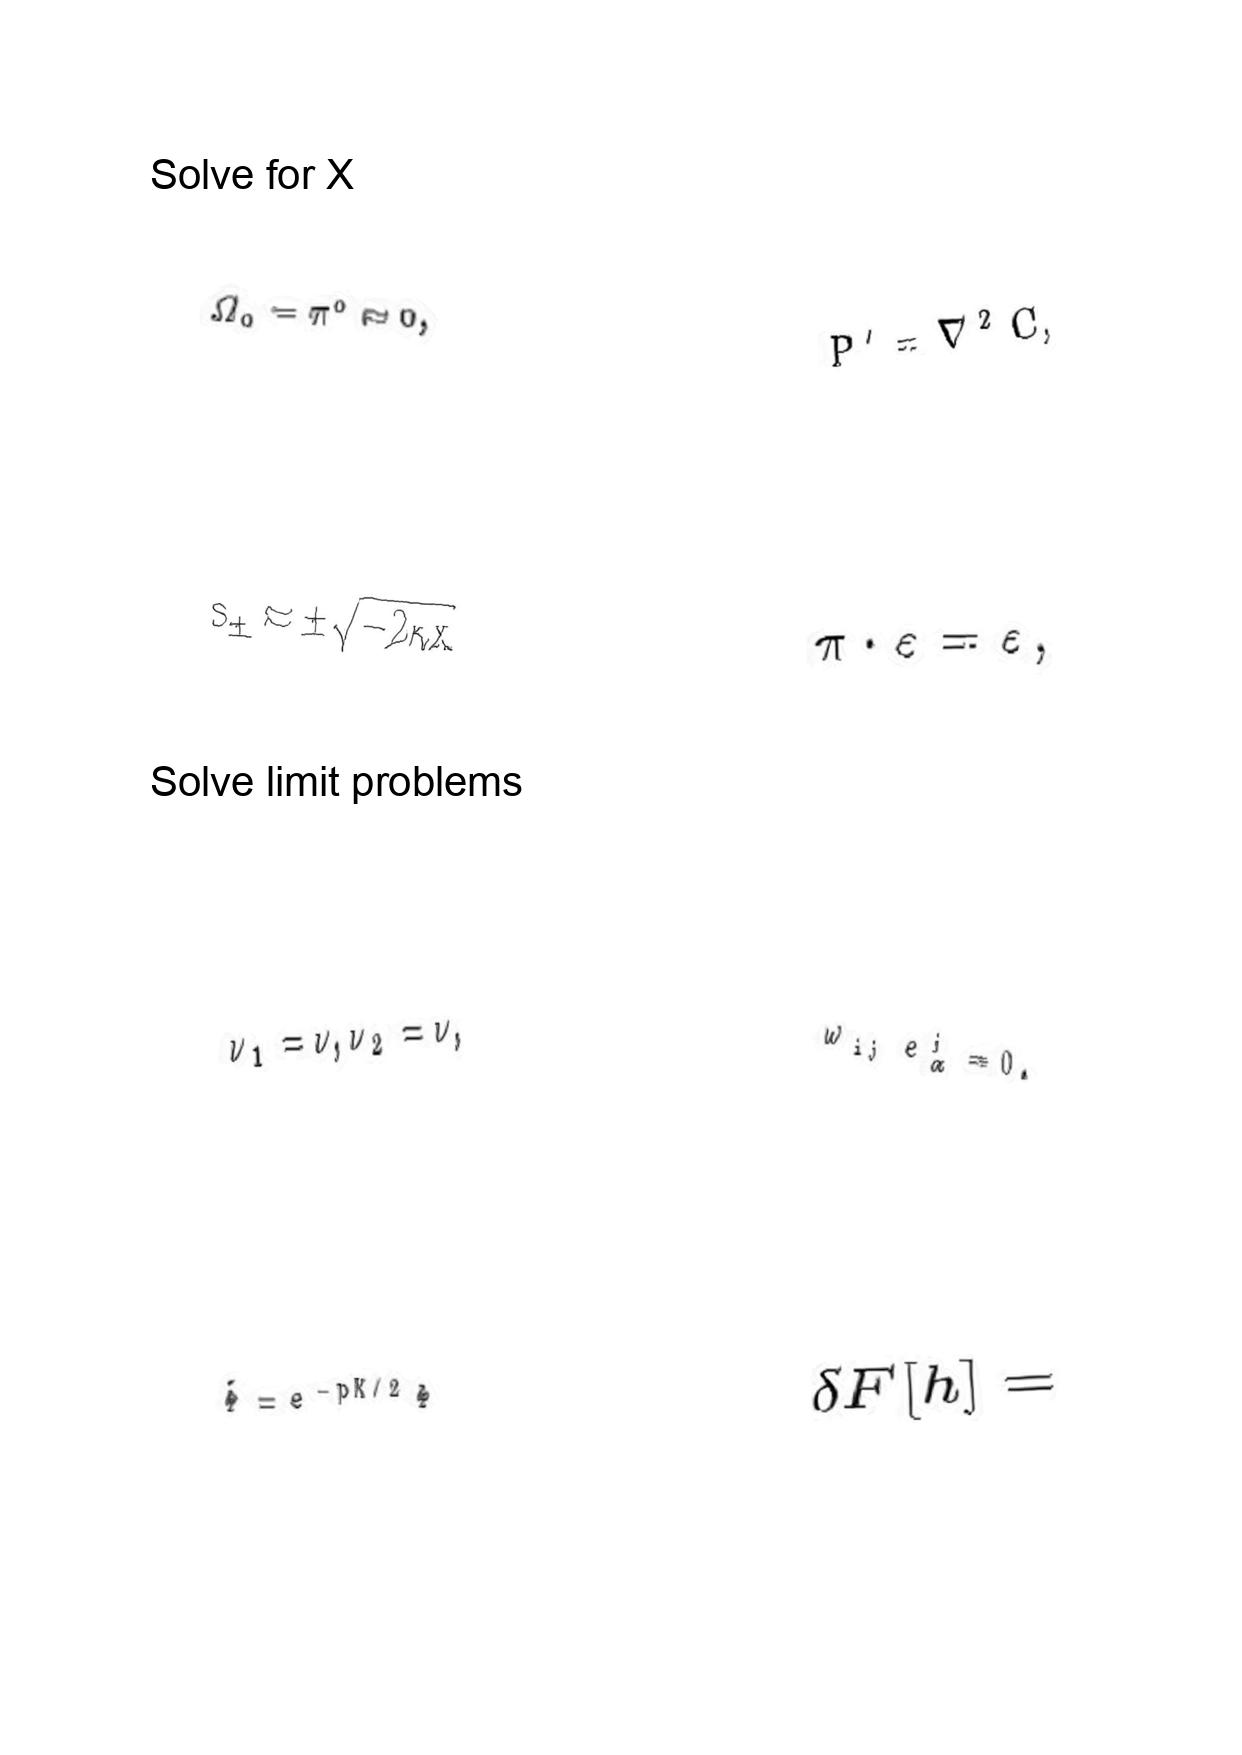
LaTeX transcription:
\Omega _ { 0 } = \pi ^ { 0 } \approx 0 ,
s _ { \pm } \approx \pm \sqrt { - 2 \kappa x }
\nu _ { 1 } = \nu , \nu _ { 2 } = \nu ,
\tilde { \Phi } = e ^ { - p K / 2 } \Phi
P ^ { \prime } = \nabla ^ { 2 } C ,
\pi \cdot \varepsilon = \varepsilon ,
\omega _ { i j } e ^ { j } _ { \alpha } = 0 .
\delta F \lbrack h \rbrack =